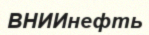
ВНИИнефть